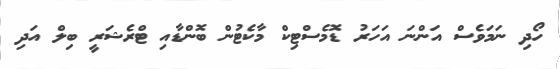
ހޯދި ނަމަވެސް އަންނަ އަހަރު ޑޮމެސްޓިކް މާކެޓުން ބޮންޑާއި ޓްރެޝަރީ ބިލް އަދި